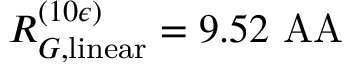
R _ { G , \mathrm { l i n e a r } } ^ { ( 1 0 \epsilon ) } = 9 . 5 2 \mathrm { \ A A }